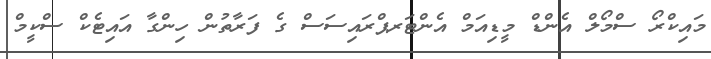
މައިކްރޯ ސްމޯލް އެންޑް މީޑިއަމް އެންޓަރޕްރައިސަސް ގެ ފަރާތުން ހިންގާ އައިޓެކް ސްކީމް